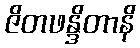
ဇိတဖန္ဒိတာနိ